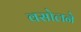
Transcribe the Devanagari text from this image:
वसोलने